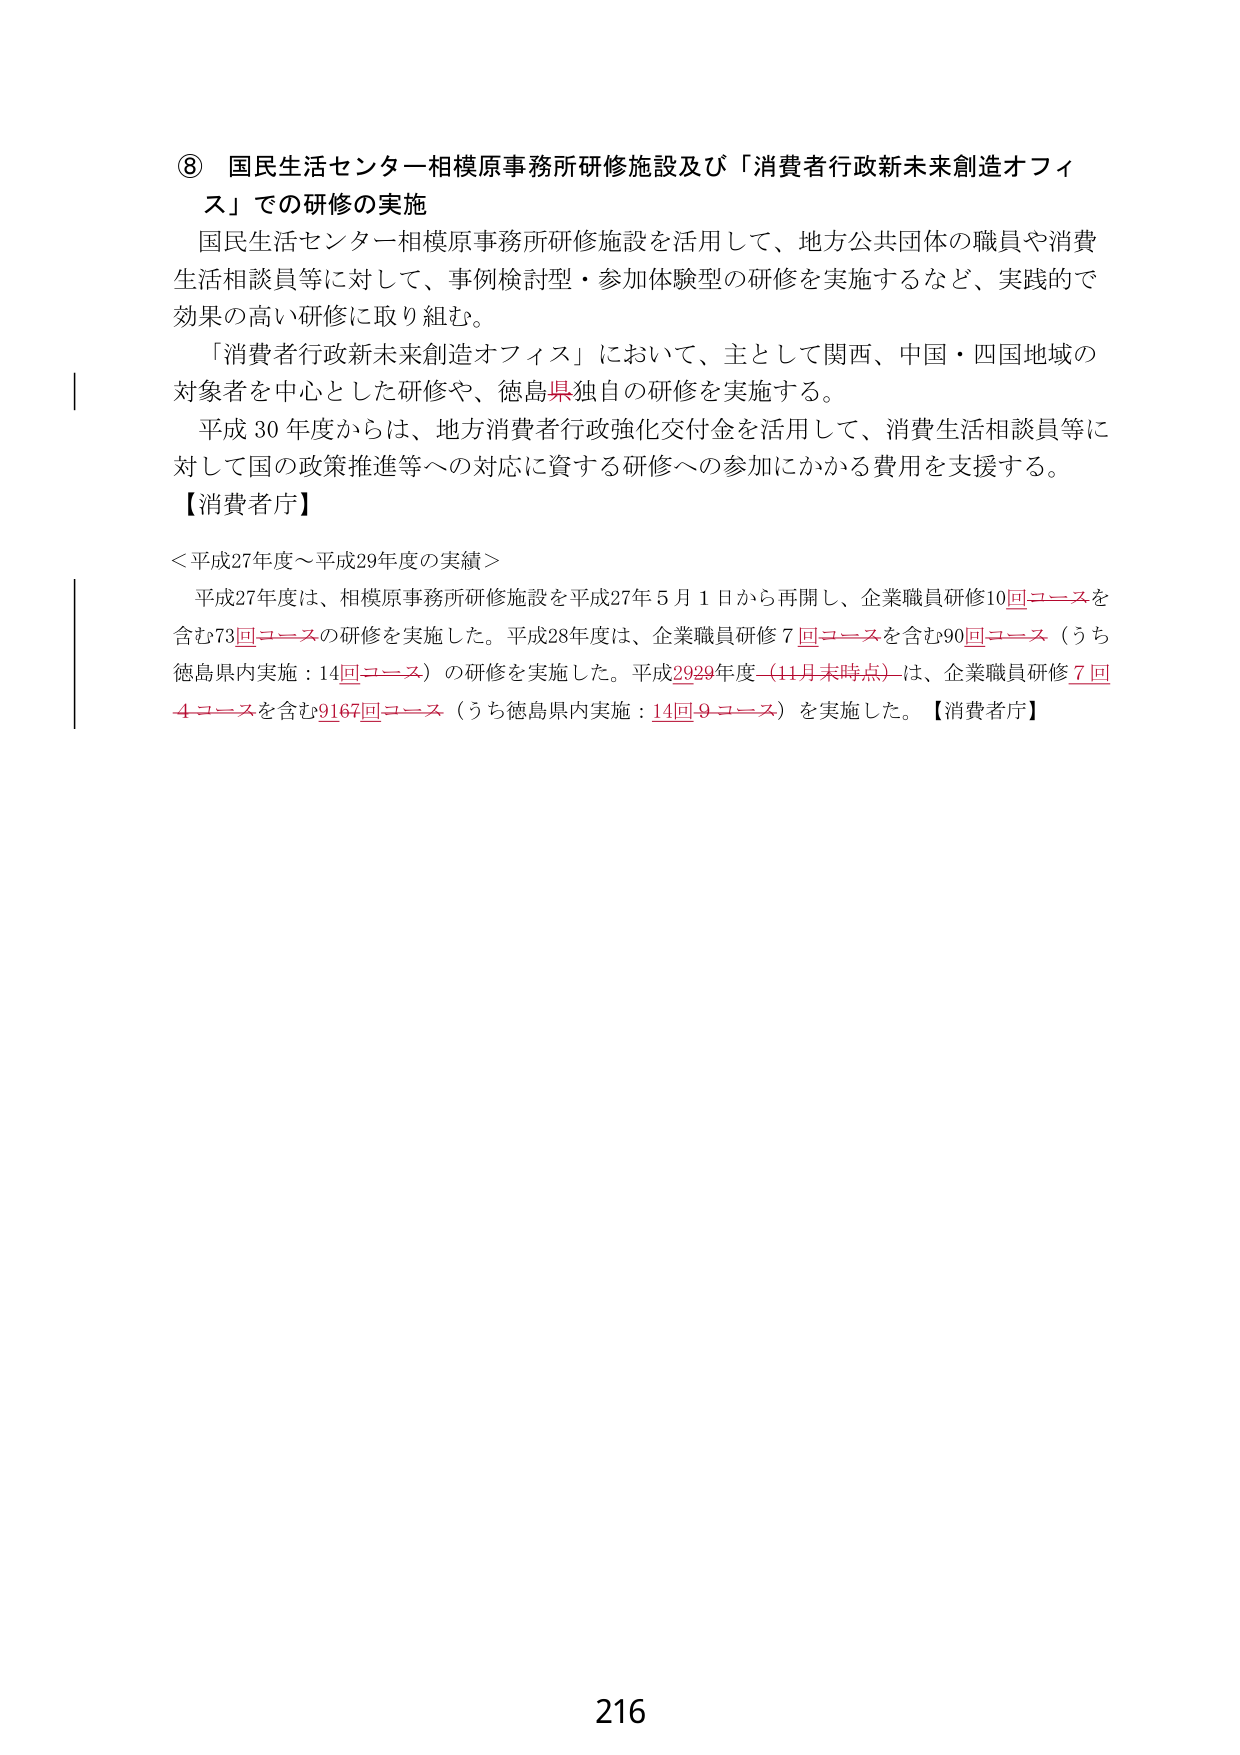
⑧ 国民生活センター相模原事務所研修施設及び「消費者行政新未来創造オフィス」での研修の実施
国民生活センター相模原事務所研修施設を活用して、地方公共団体の職員や消費生活相談員等に対して、事例検討型・参加体験型の研修を実施するなど、実践的で効果の高い研修に取り組む。
「消費者行政新未来創造オフィス」において、主として関西、中国・四国地域の対象者を中心とした研修や、徳島県独自の研修を実施する。
平成30年度からは、地方消費者行政強化交付金を活用して、消費生活相談員等に対して国の政策推進等への対応に資する研修への参加にかかる費用を支援する。
【消費者庁】
＜平成27年度～平成29年度の実績＞
平成27年度は、相模原事務所研修施設を平成27年5月1日から再開し、企業職員研修10回コースを含む73回コースの研修を実施した。平成28年度は、企業職員研修7回コースを含む90回コース（うち徳島県内実施：14回コース）の研修を実施した。平成29年度（11月末時点）は、企業職員研修7回4コースを含む9167回コース（うち徳島県内実施：14回9コース）を実施した。【消費者庁】
216